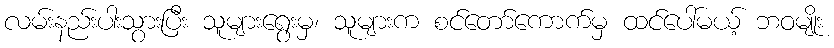
လမ်းနည်းပါးသွားပြီး သူများရွေးမှ၊ သူများက စင်တော်ကောက်မှ ထင်ပေါ်မယ့် ဘဝမျိုး